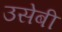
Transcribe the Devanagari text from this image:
उसेबी